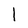
Character: 1